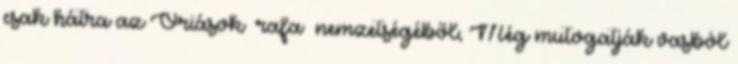
csak hátra az Óriások rafa nemzetségéből; Még mutogatják vasból